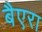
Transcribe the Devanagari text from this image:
बैएरा